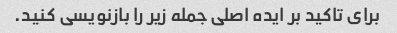
برای تاکید بر ایده اصلی جمله زیر را بازنویسی کنید.